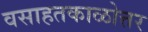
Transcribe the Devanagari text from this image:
वसाहतकाळोत्तर